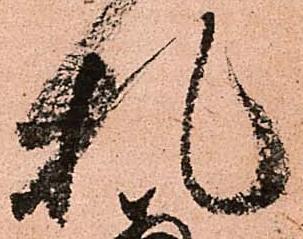
札